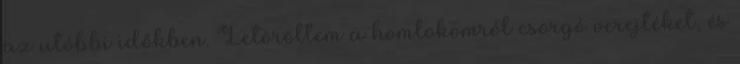
az utóbbi időkben. Letöröltem a homlokomról csorgó verejtéket, és